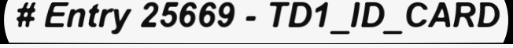
# Entry 25669 - TD1_ID_CARD